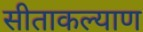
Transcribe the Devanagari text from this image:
सीताकल्याण